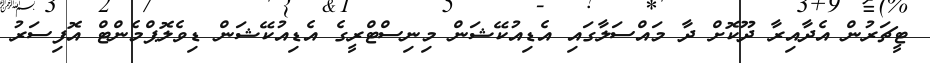
ޓީޗަރުން އެދާއިރާ ދޫކޮށް ދާ މައްސަލާގައި އެޑިއުކޭޝަން މިނިސްޓްރީގެ އެޑިއުކޭޝަން ޑިވެލޮޕްމެންޓް އޮފިސަރު